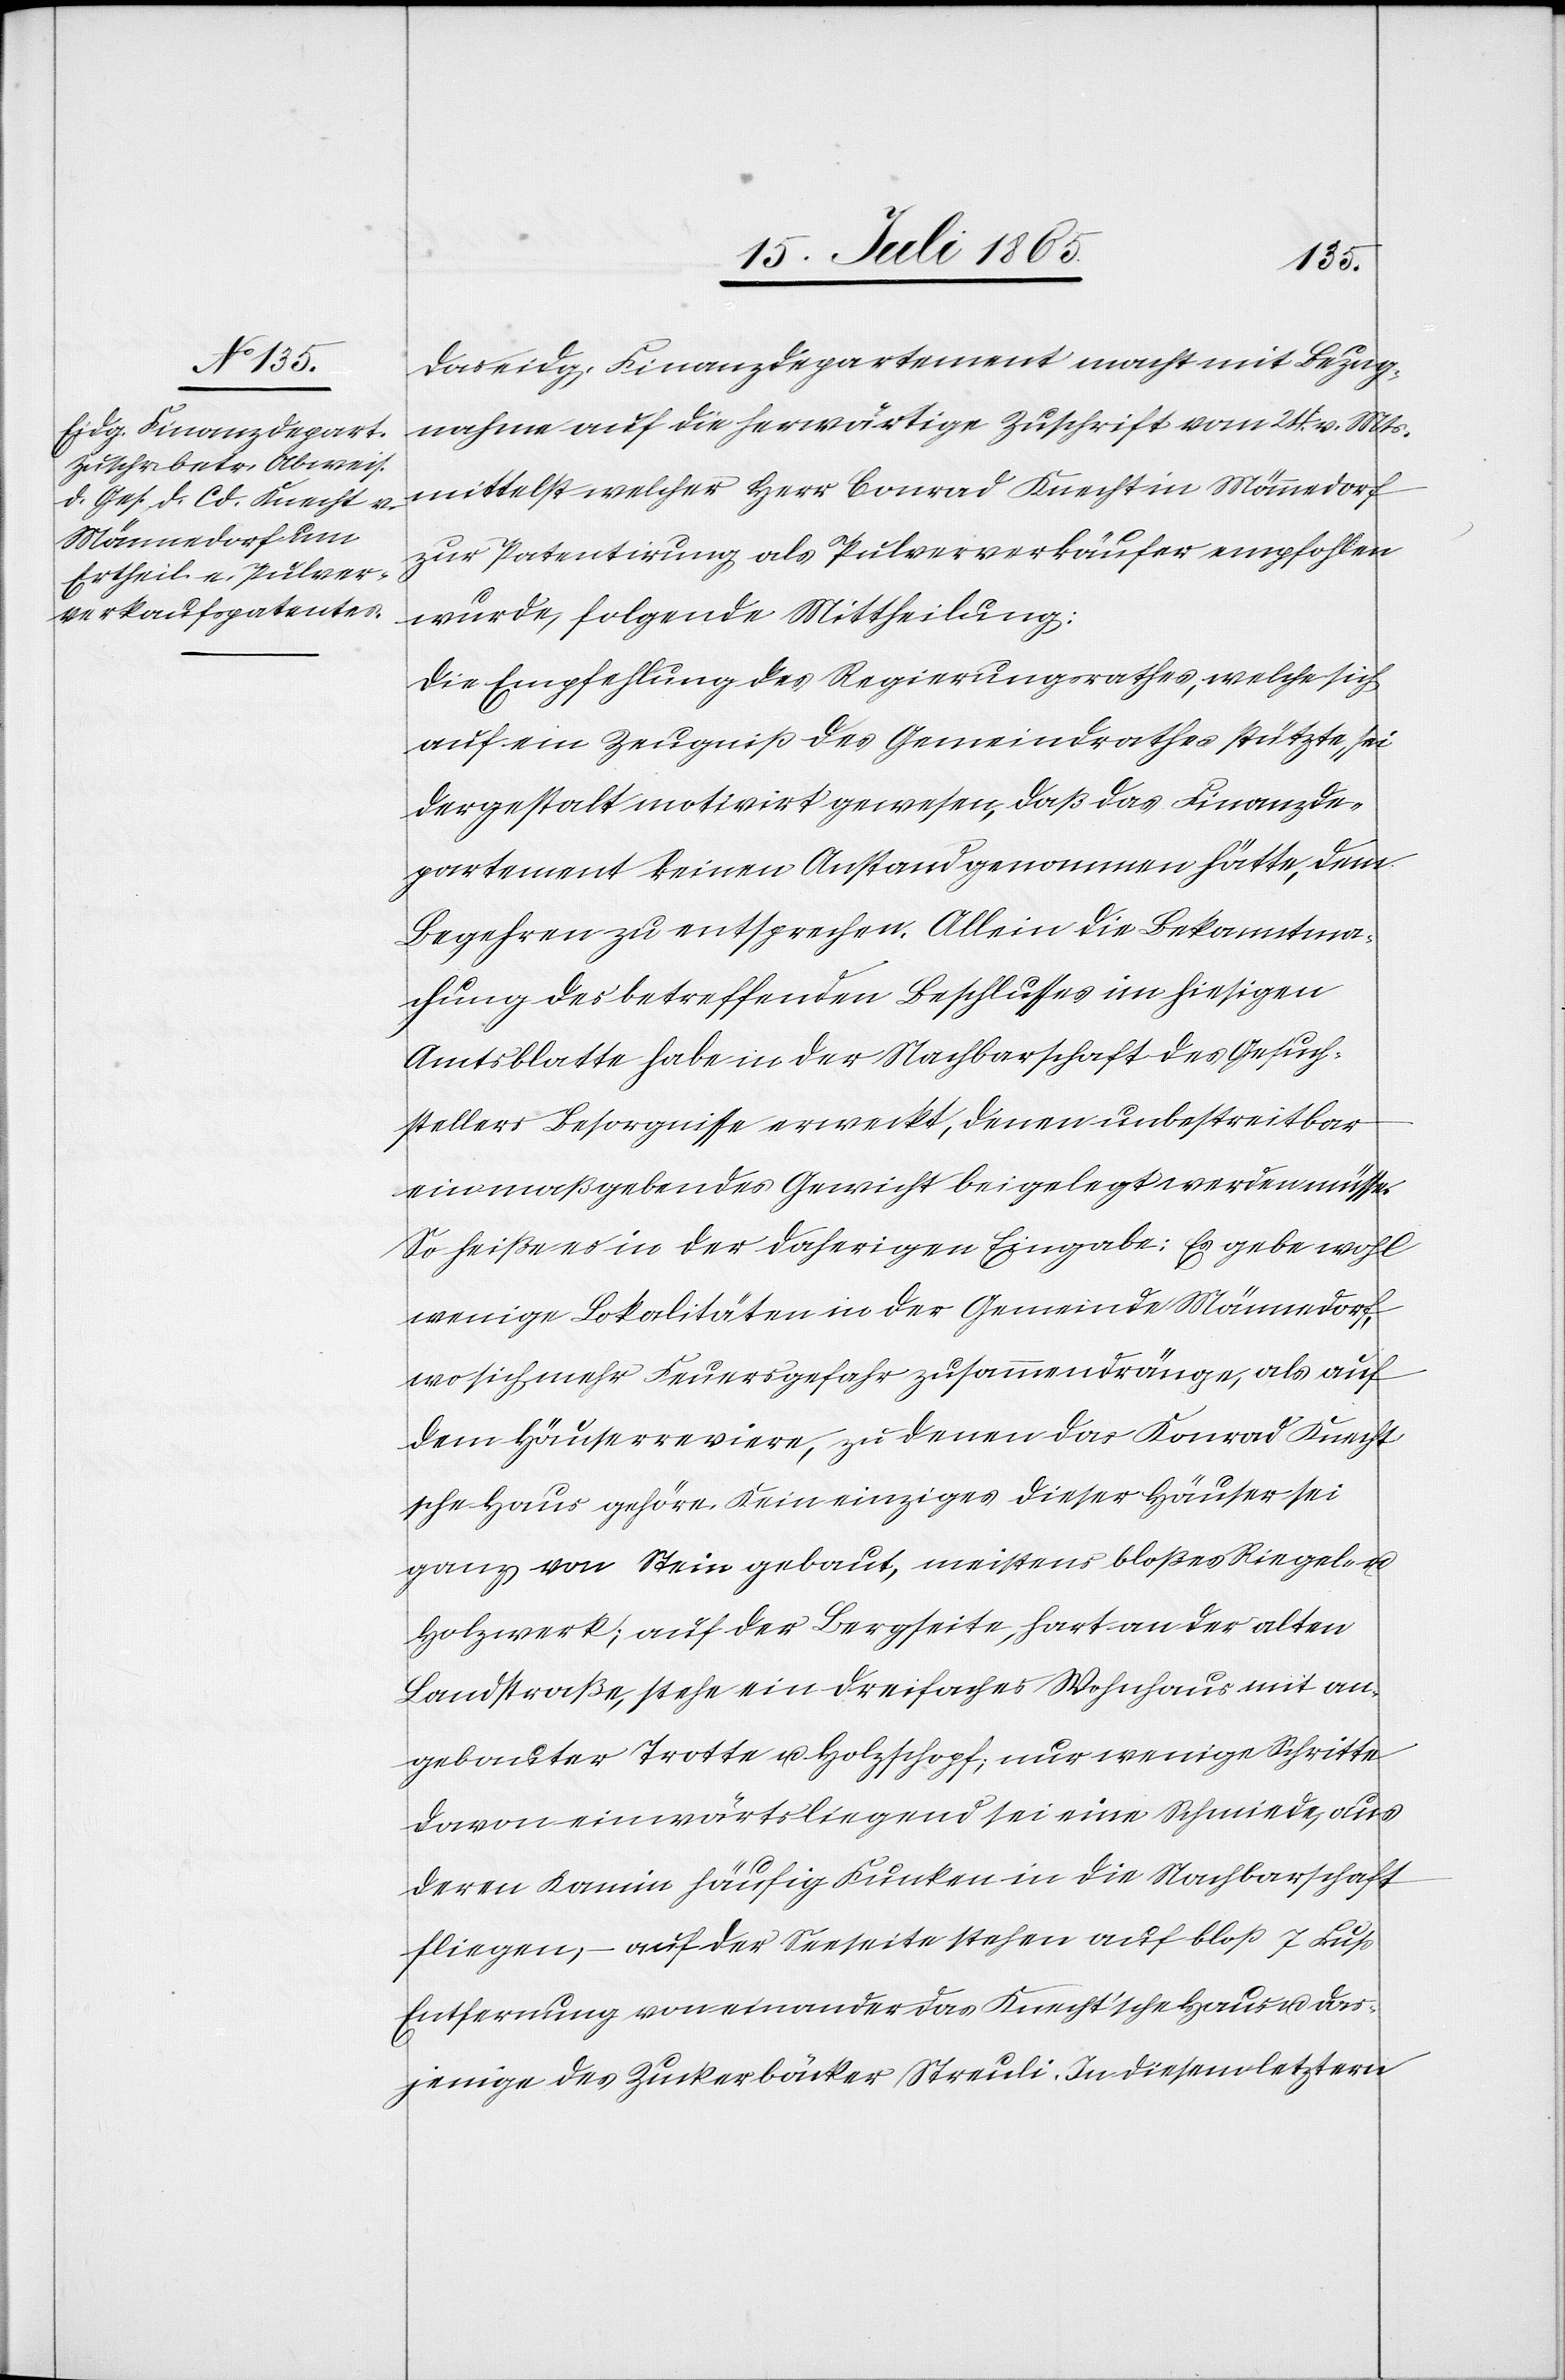
Das eidg. Finanzdepartement macht mit Bezug¬
nahme auf die herwärtige Zuschrift vom 24. v. Mts.
mittelst welcher Herr Conrad Knecht in Männedorf
zur Patentirung als Pulververkäufer empfohlen
wurde, folgende Mittheilung:
Die Empfehlung des Regierungsrathes, welche sich
auf ein Zeugniß des Gemeindrathes stützte, sei
der gestalt motivirt gewesen, daß das Finanzde¬
partement keinen Anstand genommen hätte, dem
Begehren zu entsprechen. Allein die Bekanntma¬
chung des betreffenden Beschlusses im hiesigen
Amtsblatte haben in der Nachbarschaft des Gesuch¬
stellers Besorgnisse erweckt, denen unbestreitbar
ein maßgebendes Gewicht beigelegt werden müsse.
So heiße es in der daherigen Eingabe: Es gebe wohl
wenige Lokalitäten in der Gemeinde Männedorf,
wo sich mehr Feuersgefahr zusammendränge, als auf
dem Häuserreviere, zu denen das Konrad Knecht¬
sche Haus gehöre. Kein einziges dieser Häuser sei
ganz von Stein gebaut, meistens bloßes Riegel-
Holzwerk; auf der Bergseite, hart an der alten
Landstraße, stehe ein dreifaches Wohnhaus mit an¬
gebauter Trotte u. Holzschopf; nur wenige Schritte
davon einwärts liegend sei eine Schmiede, aus
deren Kamin häufig Funken in die Nachbarschaft
fliegen; – auf der Seeseite stehen auf bloß 7 Fuß
Entfernung von einander das Knecht’sche Haus u. das¬
jenige des Zuckerbäcker Streuli. In diesem letztern